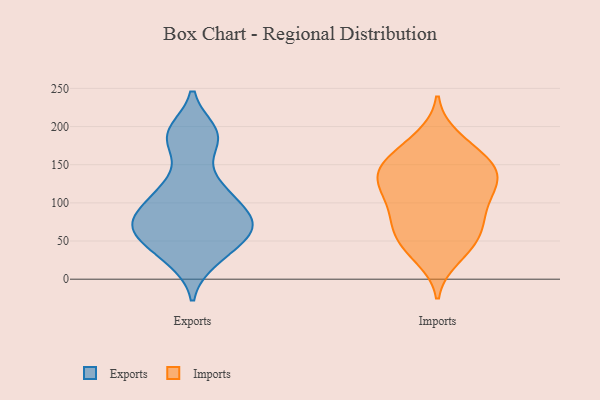
{"axis": {"x": "Inventory Turnover", "y": "Value"}, "legend": ["Exports", "Imports"], "data": [{"x": "", "y": 75, "type": "Exports"}, {"x": "", "y": 72, "type": "Exports"}, {"x": "", "y": 36, "type": "Exports"}, {"x": "", "y": 113, "type": "Exports"}, {"x": "", "y": 188, "type": "Exports"}, {"x": "", "y": 125, "type": "Exports"}, {"x": "", "y": 50, "type": "Exports"}, {"x": "", "y": 78, "type": "Exports"}, {"x": "", "y": 70, "type": "Exports"}, {"x": "", "y": 180, "type": "Exports"}, {"x": "", "y": 105, "type": "Exports"}, {"x": "", "y": 68, "type": "Exports"}, {"x": "", "y": 193, "type": "Exports"}, {"x": "", "y": 25, "type": "Exports"}, {"x": "", "y": 147, "type": "Imports"}, {"x": "", "y": 151, "type": "Imports"}, {"x": "", "y": 138, "type": "Imports"}, {"x": "", "y": 86, "type": "Imports"}, {"x": "", "y": 117, "type": "Imports"}, {"x": "", "y": 185, "type": "Imports"}, {"x": "", "y": 56, "type": "Imports"}, {"x": "", "y": 143, "type": "Imports"}, {"x": "", "y": 116, "type": "Imports"}, {"x": "", "y": 176, "type": "Imports"}, {"x": "", "y": 140, "type": "Imports"}, {"x": "", "y": 79, "type": "Imports"}, {"x": "", "y": 160, "type": "Imports"}, {"x": "", "y": 115, "type": "Imports"}, {"x": "", "y": 117, "type": "Imports"}, {"x": "", "y": 68, "type": "Imports"}, {"x": "", "y": 29, "type": "Imports"}, {"x": "", "y": 78, "type": "Imports"}, {"x": "", "y": 43, "type": "Imports"}, {"x": "", "y": 42, "type": "Imports"}]}